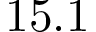
1 5 . 1